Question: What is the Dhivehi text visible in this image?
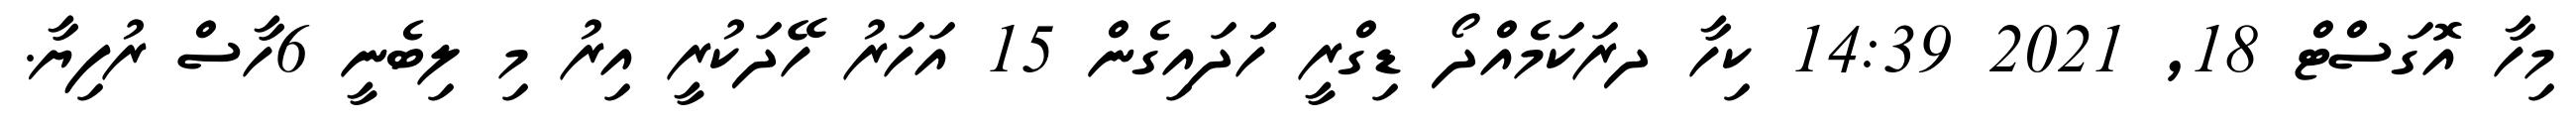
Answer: މިހާ އޮގަސްޓް 18, 2021 14:39 ކިހާ ދރަކަމެއްދޯ ޑިގްރީ ހަަދައިގެން 15 އަހަރު ހޭދަކުރީ އިރު މި ލިބެނީ 6ހާސް ރުފިޔާ.